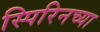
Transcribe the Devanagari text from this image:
स्पिरिनच्या